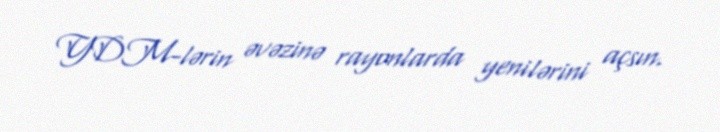
YDM-lərin əvəzinə rayonlarda yenilərini açsın.